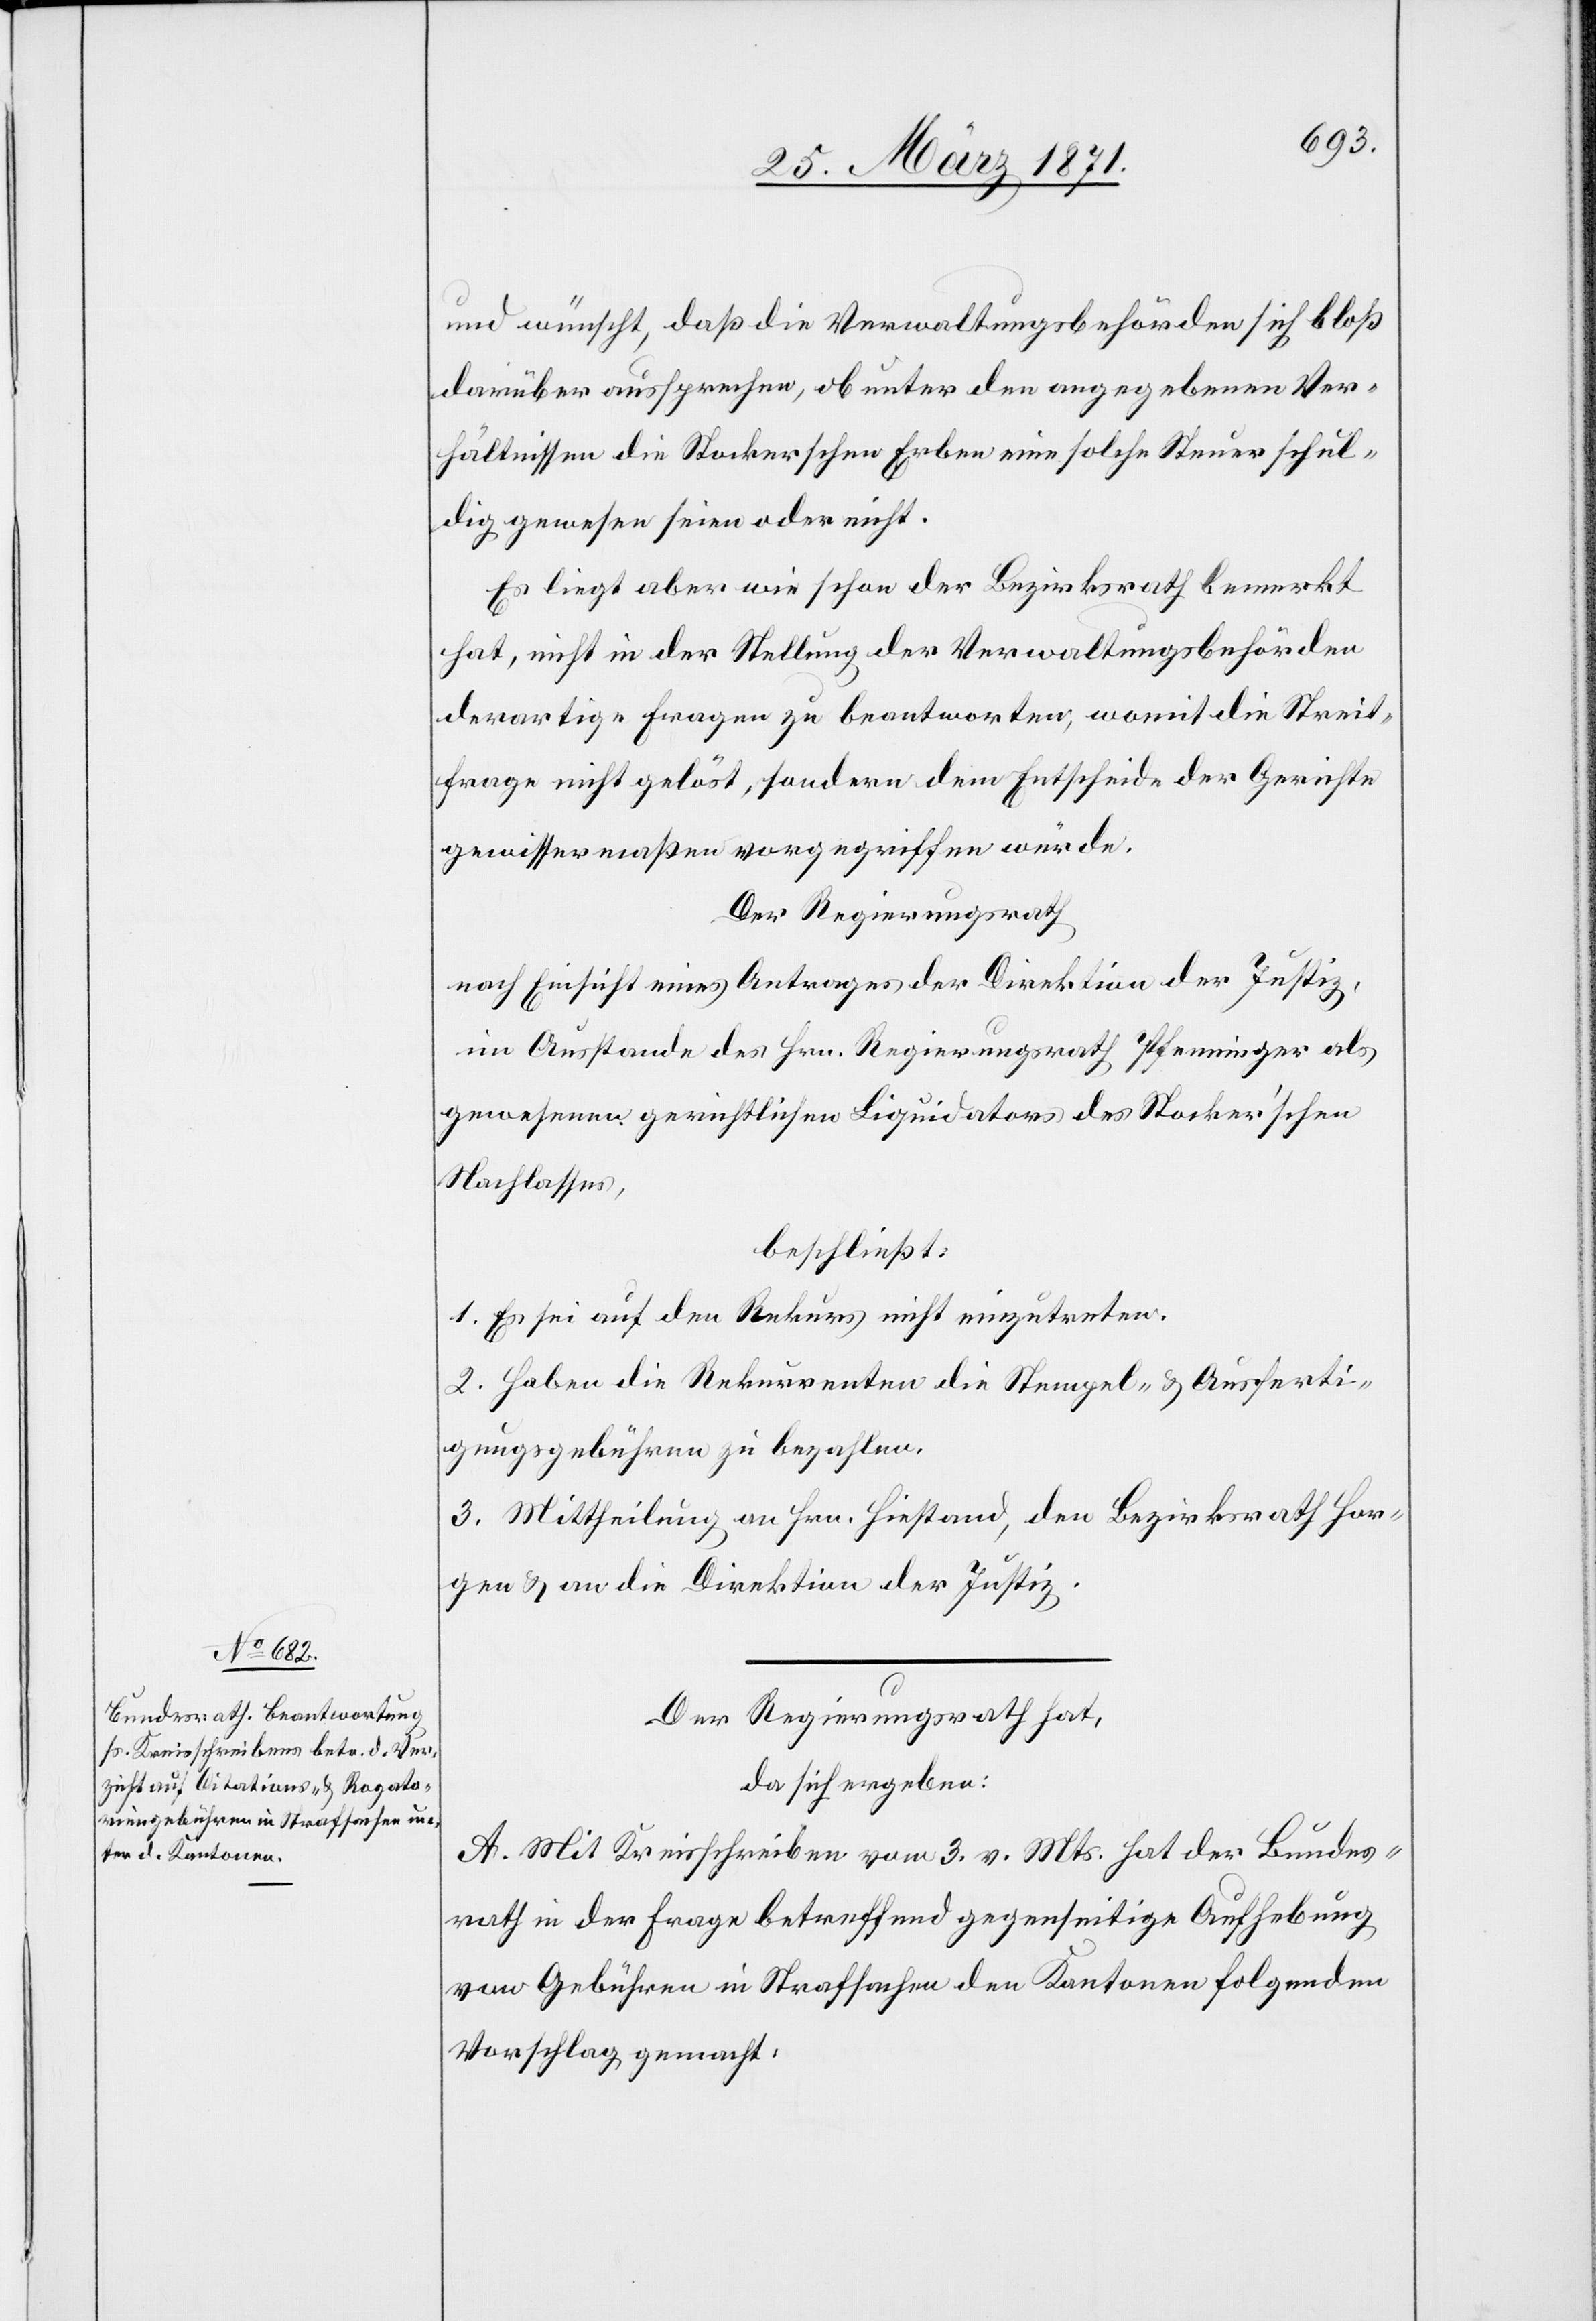
und wünscht, daß die Verwaltungsbehörden sich bloß
darüber aussprechen, ob unter den angegebenen Ver¬
hältnissen die Stockerschen Erben eine solche Steuer schul¬
dig gewesen seien oder nicht.
Es liegt aber wie schon der Bezirksrath bemerkt
hat, nicht in der Stellung der Verwaltungsbehörden
derartige Fragen zu beantworten, womit die Streit¬
frage nicht gelöst, sondern dem Entscheide der Gerichte
gewissermaßen vorgegriffen würde.
Der Regierungsrath
nach Einsicht eines Antrages der Direktion der Justiz,
im Ausstande des Hrn. Regierungsrath Pfenninger als
gewesenen gerichtlichen Liquidators des Stocker’schen
Nachlasses,
beschließt:
1. Es sei auf den Rekurs nicht einzutreten.
2. Haben die Rekurrenten die Stempel- u. Ausferti¬
gungsgebühren zu bezahlen.
3. Mittheilung an Hrn. Hiestand, den Bezirksrath Hor¬
gen u. an die Direktion der Justiz.
Der Regierungsrath hat,
da sich ergeben:
A. Mit Kreisschreiben vom 3. v. Mts. hat der Bundes¬
rath in der Frage betreffend gegenseitige Aufhebung
von Gebühren in Strafsachen den Kantonen folgenden
Vorschlag gemacht.